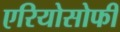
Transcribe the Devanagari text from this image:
एरियोसोफी